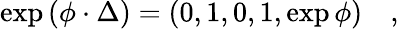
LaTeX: \exp\left(\phi\cdot\Delta\right)=\left(0,1,0,1,\exp\phi\right)\quad,